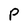
Character: P